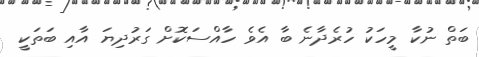
ބަތް ނުކާ މީހަކު ހުރެދާނެ ބާ އެވެ ހާއްސަކޮށް ގަރުދިޔަ އާއި ބަތަކީ